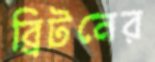
ব্রিটনের